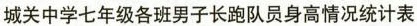
城关中学七年级各班男子长跑队员身高情况统计表